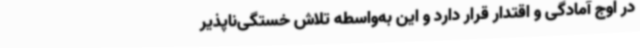
در اوج آمادگی و اقتدار قرار دارد و این به‌واسطه تلاش خستگی‌ناپذیر